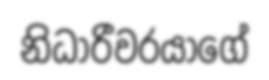
නිධාරීවරයාගේ